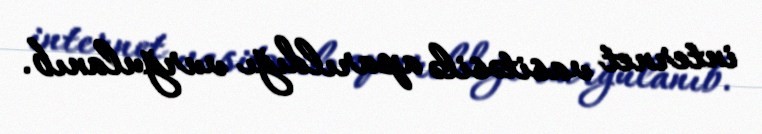
internet vasitəsilə aparıldığı vurğulanıb.